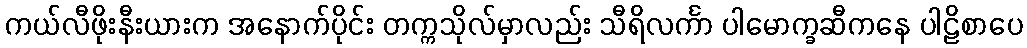
ကယ်လီဖိုးနီးယားက အနောက်ပိုင်း တက္ကသိုလ်မှာလည်း သီရိလင်္ကာ ပါမောက္ခဆီကနေ ပါဠိစာပေ